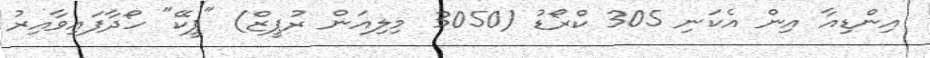
އިންޑިއާ އިން އެކަނި 305 ކްރޯޑު (3050 މިލިއަން ރުޕީޒް) "ޕީކޭ" ހޯދާފައިވާއިރު